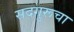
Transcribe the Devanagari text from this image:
सदगुरूचा